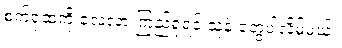
စက်ရုံထဲကို လေ့လာ ကြည့်ရှုရင် သူနဲ့ တွေ့ပါလိမ့်မယ်။